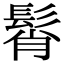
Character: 髾